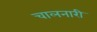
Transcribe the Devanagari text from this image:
चालनारी